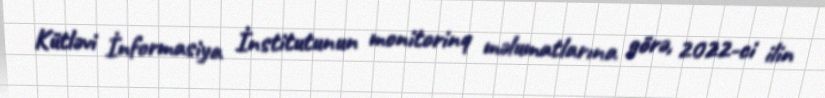
Kütləvi İnformasiya İnstitutunun monitorinq məlumatlarına görə, 2022-ci ilin